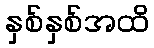
နှစ်နှစ်အထိ